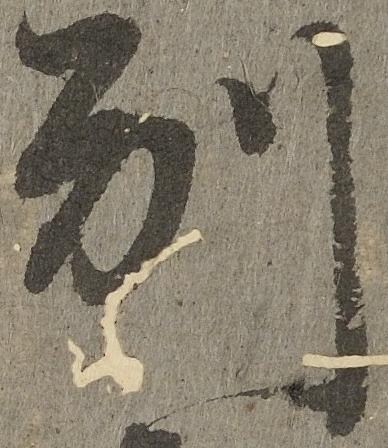
別